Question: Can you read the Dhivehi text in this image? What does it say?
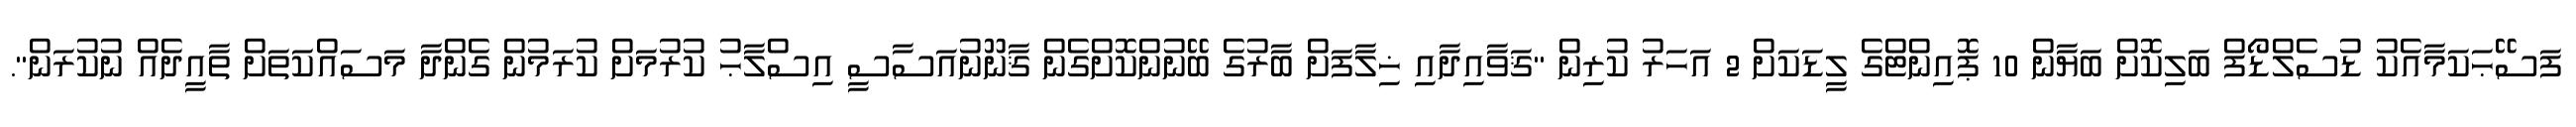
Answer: ފަސޭޙަކަމާއެކު ޑުސެލްޑޯފް ބަލިކޮށް ބަޔާން 10 ޕޮއިންޓްގެ ލީޑަކަށް 2 އަހަރު ކުރިން "ޤަވާއިދާއި ޚިލާފަށް ބާރުގެ ބޭނުންކޮށްގެން ޤާނޫނުއަސާސީ އިސްލާޙު ކުރުމަށް ކުރަމުން ގެންދާ މަސައްކަތަށް ތާއީދެއް ނުކުރަން".